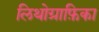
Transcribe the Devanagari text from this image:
लिथोग्राफ़िका